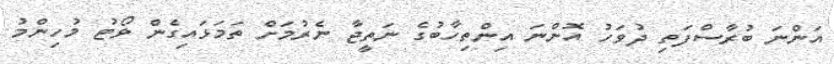
އަންނަ ބުރާސްފަތި ދުވަހު އޮންނަ އިންތިހާބުގެ ނަތީޖާ ނެރުމަށް ތަމަޅައިގެން ވޯޓު މުހިންމު